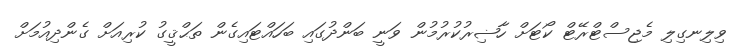
ވިލިނގިލިި މެޖިސްޓްރޭޓް ކޯޓަށް ހާޟިރުކުރުމުން ވަނީ ބަންދުގައި ބަހައްޓައިގެން ތަޙްޤީގު ކުރިއަށް ގެންދިއުމަށް